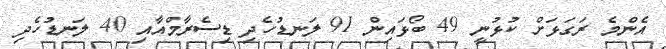
އެންމެ ރަގަޅަށް ކުޅުނީ 49 ބޯޅައިން 91 ލަނޑުހެދި ޑިސެރާމްއާއި 40 ލަނޑުހެދި